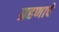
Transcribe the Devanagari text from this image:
ग्रहणाचे